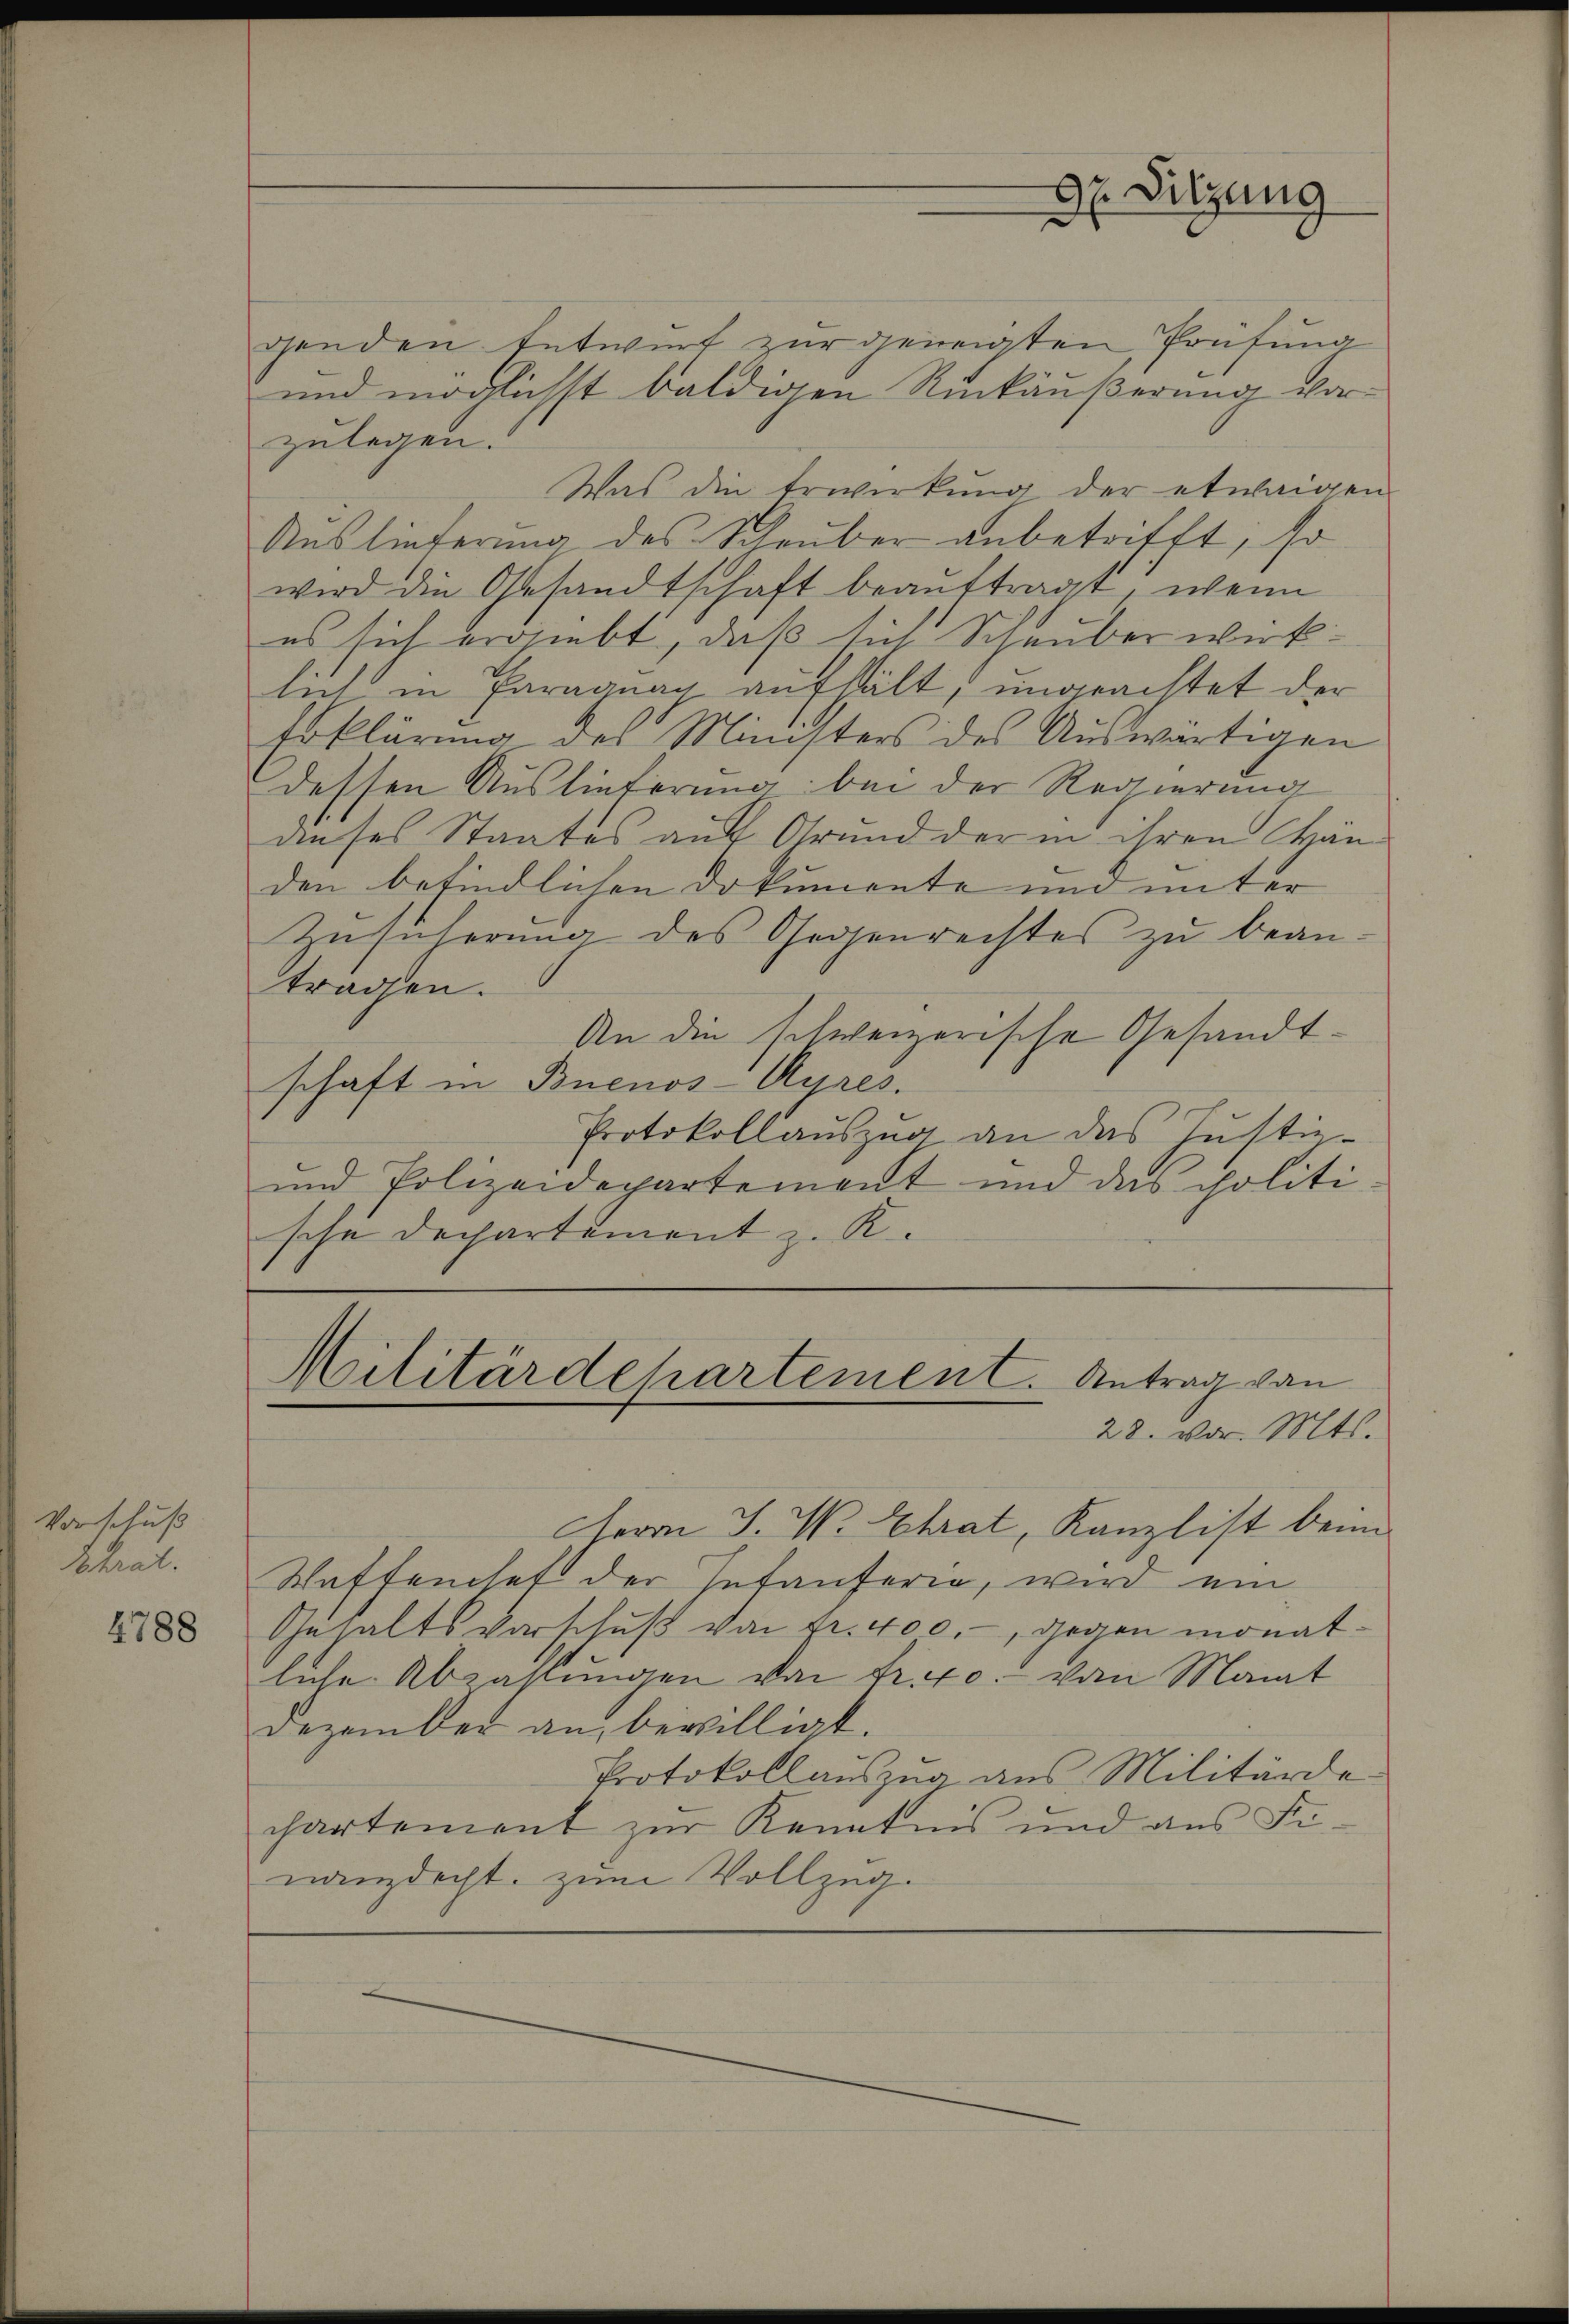
Vorschuß
Sokrat.

4788

genden Entwurf zur geneigten Prüfung
und möglichst baldigen Rückäußerung vorzulegen.
Was die Erwirkung der etwaigen
Auslieferung des Schauber anbetrifft, so
wird die Gesandtschaft beauftragt, wenn
es sich ergiebt, daß sich Schauber wirkin in Paragung aufhält, ungeachtet der
Erklärung des Ministers des Auswärtigen
dessen Auslieferung bei der Regierung
auses Staates auf Grund der in ihren Händen befindlichen Dokumente und unter
Zusicherung des Gegenrechtes zu beantragen.
An die schweizerische Gesandtschaft in Buenos-Ayres.
Protokollauszug an das Justiz-
und Polizeidepartement und das politische Departement z. K.

Herrn J. W. Chrat, Kanzlist beim
Waffenset der Infanferie, wird ein
Gehaltsverschuß von Fr. 400.-, gegen monatliche Abzahlungen von Fr. 40. - von Monat
Dezember an, bewilligt.
Protokoll auszug aus Militärde
chartement zur Kenntnis und aus Fi-
nanzdicht zum Vollzug.

H Sitzung

Militärdehartement. Antrag von
28. vor. Mts.